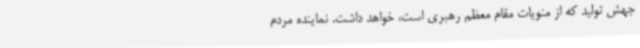
جهش تولید که از منویات مقام معظم رهبری است، خواهد داشت. نماینده مردم